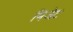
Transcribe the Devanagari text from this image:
मिजेट